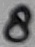
Text: 8